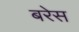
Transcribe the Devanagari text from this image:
बरेस